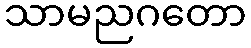
သာမညဂတော